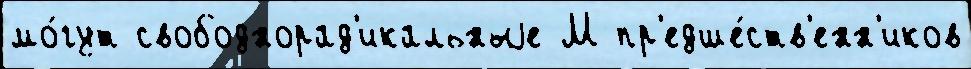
мо́гут свободнорад'икальныjе М пр'едше́ств'енн'иков